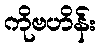
ကိုဗဟိန်း